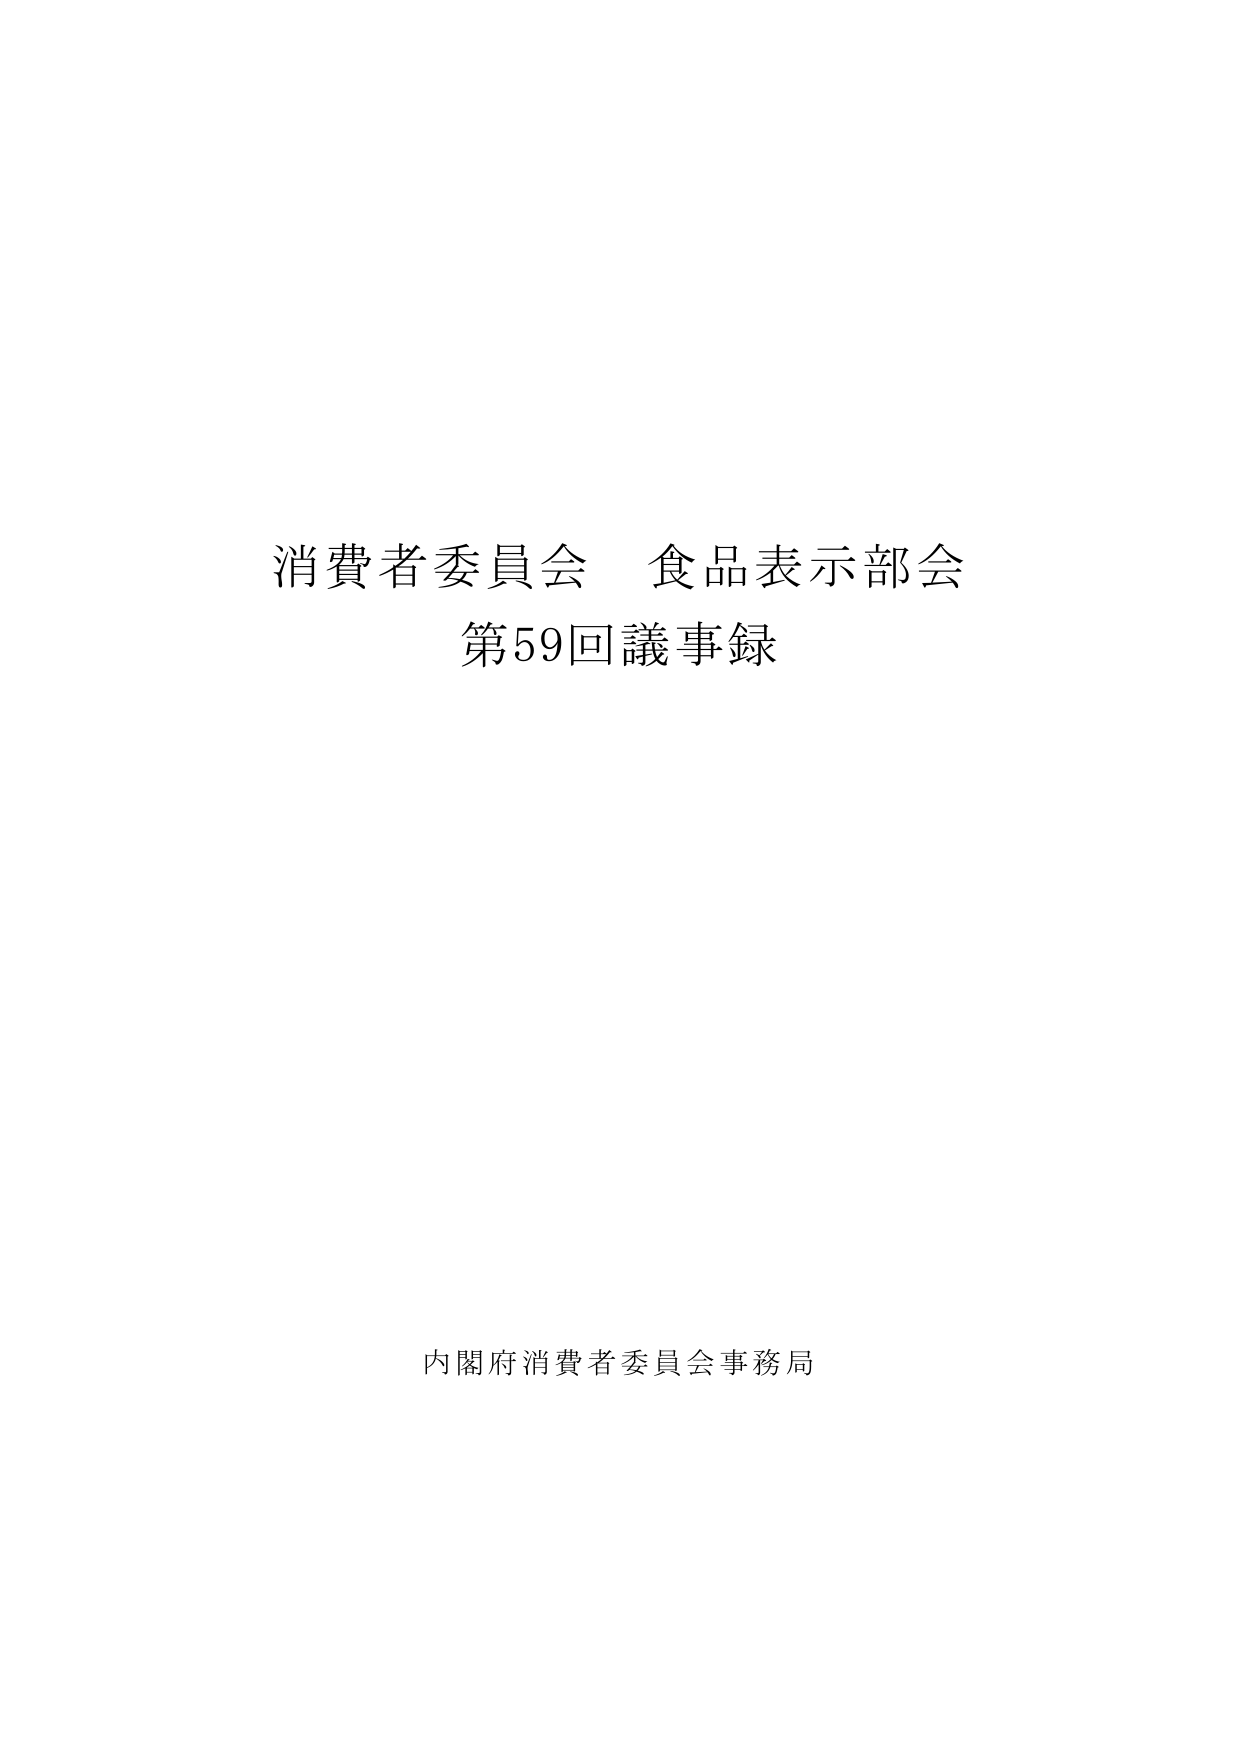
消費者委員会 食品表示部会
第59回議事録

内閣府消費者委員会事務局